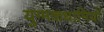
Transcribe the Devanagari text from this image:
युग्मकधानियों